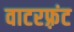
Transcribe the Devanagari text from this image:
वाटरफ़्रंट